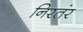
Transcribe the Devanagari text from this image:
निरतंर